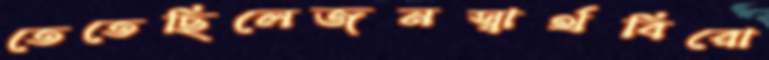
তেতেছিলেজনস্বার্থবিরো